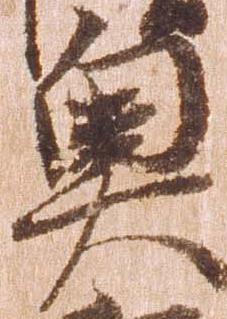
奥